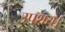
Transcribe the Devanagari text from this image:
उपशय।